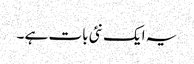
یہ ایک نئی بات ہے ۔